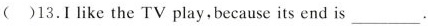
() 13.I like the TV play,because its end is___.